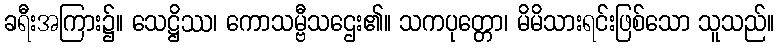
ခရီးအကြား၌။ သေဋ္ဌိဿ၊ ကောသမ္ဗီသဌေး၏။ သကပုတ္တော၊ မိမိသားရင်းဖြစ်သော သူသည်။